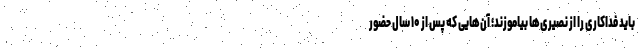
باید فداکاری را از نصیری‌ها بیاموزند؛ آن‌هایی که پس از ۱۰ سال حضور